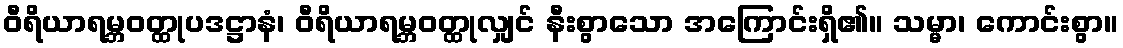
ဝီရိယာရမ္ဘဝတ္ထုပဒဋ္ဌာနံ၊ ဝီရိယာရမ္ဘဝတ္ထုလျှင် နီးစွာသော အကြောင်းရှိ၏။ သမ္မာ၊ ကောင်းစွာ။